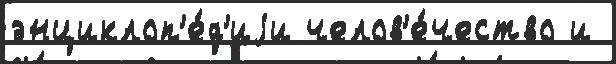
энциклоп'е́д'иjи челов'е́чество и